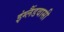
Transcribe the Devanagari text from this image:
इंग्लैंडवासी